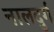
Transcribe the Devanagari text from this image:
नालदुर्ग